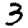
Digit: 3